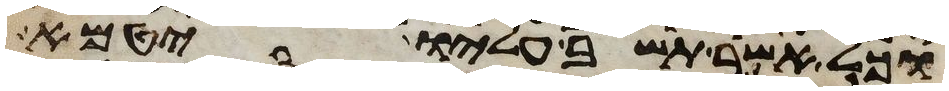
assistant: וכל אשר תשב עליו יטמא